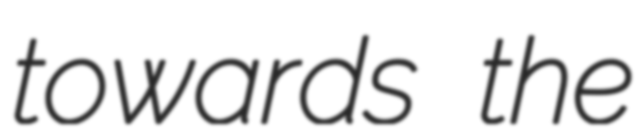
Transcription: towards the